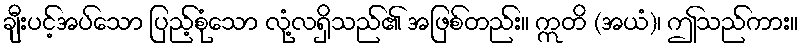
ချီးပင့်အပ်သော ပြည့်စုံသော လုံ့လရှိသည်၏ အဖြစ်တည်း။ ဣတိ (အယံ)၊ ဤသည်ကား။